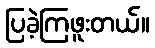
ပြခဲ့ကြဖူးတယ်။